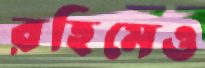
রহিমেও